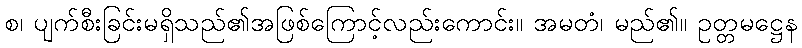
စ၊ ပျက်စီးခြင်းမရှိသည်၏အဖြစ်ကြောင့်လည်းကောင်း။ အမတံ၊ မည်၏။ ဥတ္တမဋ္ဌေန